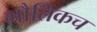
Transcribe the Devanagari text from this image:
भौतिकच